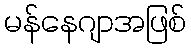
မန်နေဂျာအဖြစ်